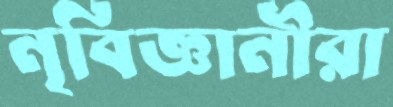
নৃবিজ্ঞানীরা